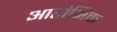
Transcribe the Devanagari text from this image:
आरांभिक